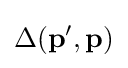
\Delta (\mathbf {p} ^{\prime },\mathbf {p} )